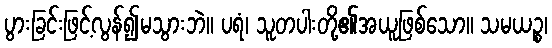
ပွားခြင်းဖြင့်လွန်၍မသွားဘဲ။ ပရံ၊ သူတပါးတို့၏အယူဖြစ်သော။ သမယဉ္စ၊